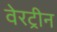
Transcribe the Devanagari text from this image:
वेरट्रीन